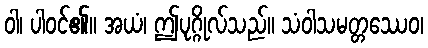
ဝါ၊ ပါဝင်၏။ အယံ၊ ဤပုဂ္ဂိုလ်သည်။ သံဝါသမတ္တဿေဝ၊